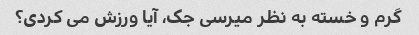
گرم و خسته به نظر میرسی جک، آیا ورزش می کردی؟